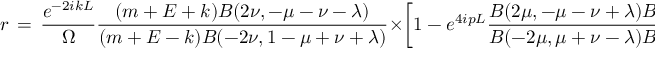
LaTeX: r \, = \, \frac { e ^ { - 2 i k L } } { \Omega } \frac { ( m + E + k ) B ( 2 \nu , - \mu - \nu - \lambda ) } { ( m + E - k ) B ( - 2 \nu , 1 - \mu + \nu + \lambda ) } \times \left[ 1 - e ^ { 4 i p L } \frac { B ( 2 \mu , - \mu - \nu + \lambda ) B ( 2 \mu , - \mu + \nu + \lambda ) } { B ( - 2 \mu , \mu + \nu - \lambda ) B ( - 2 \mu , \mu - \nu - \lambda ) } \right]